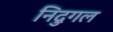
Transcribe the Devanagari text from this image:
निदुगल